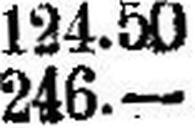
246.—